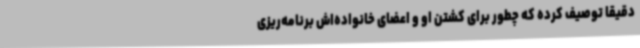
دقیقا توصیف کرده که چطور برای کشتن او و اعضای خانواده‌اش برنامه‌ریزی